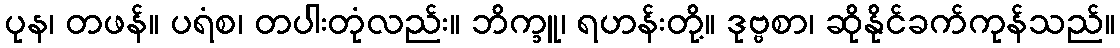
ပုန၊ တဖန်။ ပရံစ၊ တပါးတုံလည်း။ ဘိက္ခူ၊ ရဟန်းတို့။ ဒုဗ္ဗစာ၊ ဆိုနိုင်ခက်ကုန်သည်။